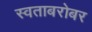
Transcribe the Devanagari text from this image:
स्वताबरोबर